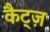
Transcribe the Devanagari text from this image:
कैट्ज़